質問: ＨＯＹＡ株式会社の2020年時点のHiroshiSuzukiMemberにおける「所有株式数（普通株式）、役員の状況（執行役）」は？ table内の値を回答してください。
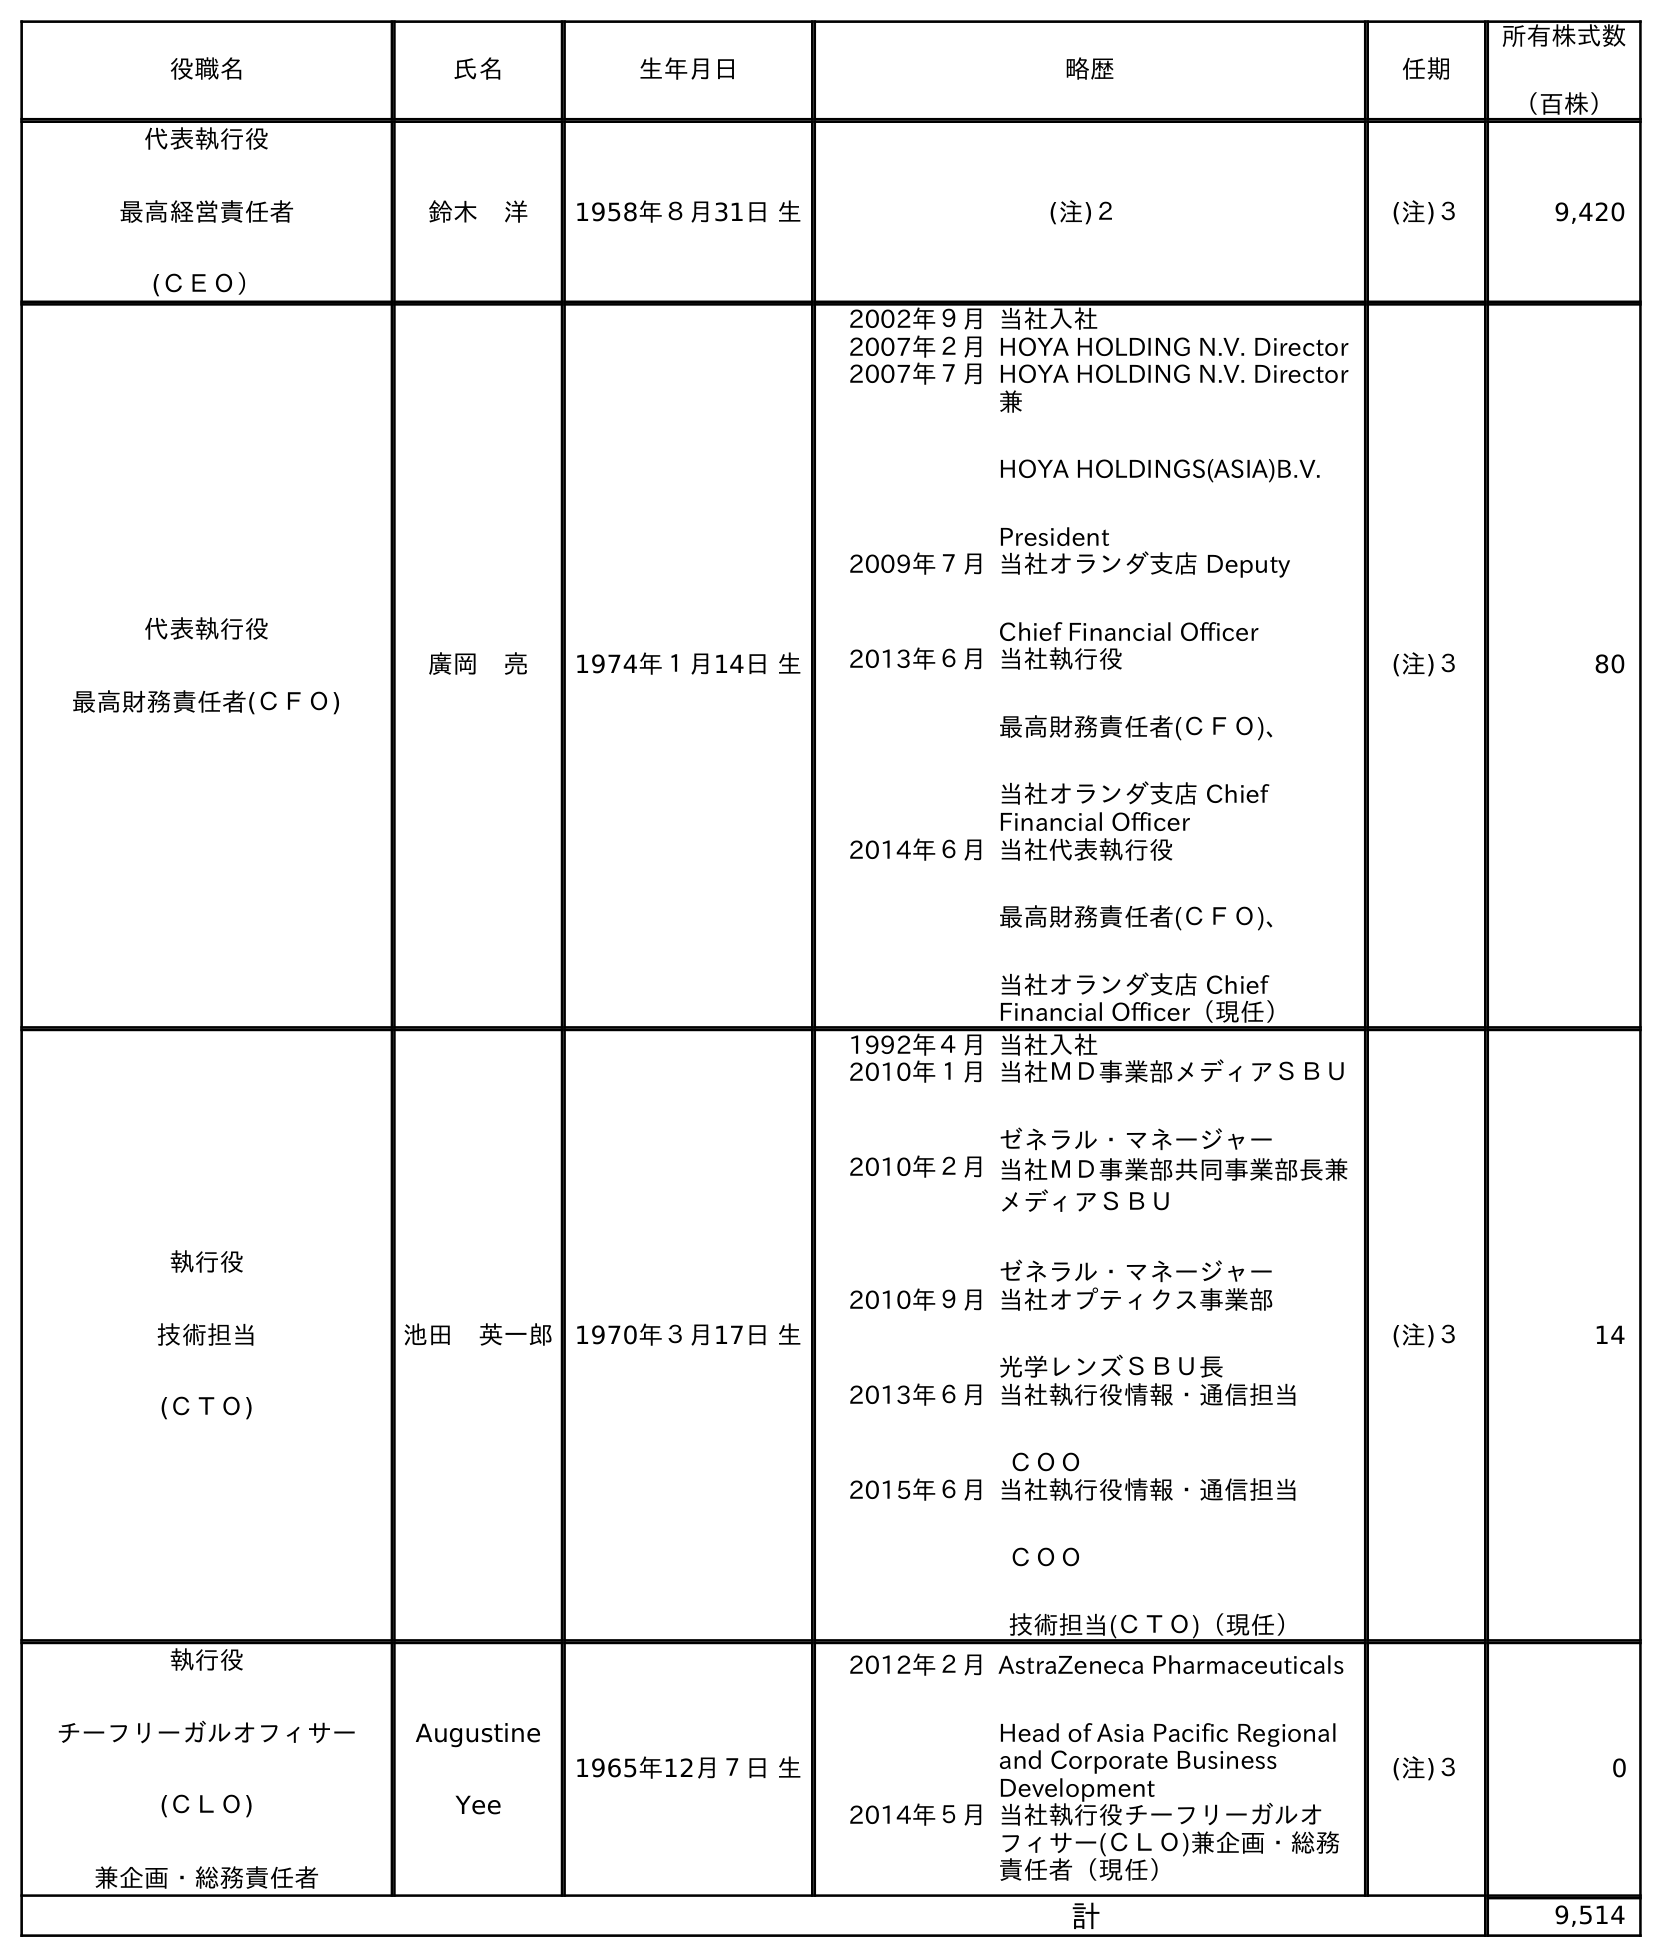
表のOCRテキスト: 役職名 氏名 生年月日 略歴 任期 所有株式数 （百株） 代表執行役 最高経営責任者 (ＣＥＯ） 鈴木 洋 1958年８月31日 生 (注)２ (注)３ 9,420 代表執行役 最高財務責任者(ＣＦＯ) 廣岡 亮 1974年１月14日 生 2002年９月当社入社 2007年２月HOYA HOLDING N.V. Director 2007年７月HOYA HOLDING N.V. Director 兼 HOYA HOLDINGS(ASIA)B.V. President 2009年７月当社オランダ支店 Deputy Chief Financial Officer 2013年６月当社執行役 最高財務責任者(ＣＦＯ)、 当社オランダ支店 Chief Financial Officer 2014年６月当社代表執行役 最高財務責任者(ＣＦＯ)、 当社オランダ支店 Chief Financial Officer（現任） (注)３ 80 執行役 技術担当 (ＣＴＯ) 池田 英一郎 1970年３月17日 生 1992年４月当社入社 2010年１月当社ＭＤ事業部メディアＳＢＵ ゼネラル・マネージャー 2010年２月当社ＭＤ事業部共同事業部長兼 メディアＳＢＵ ゼネラル・マネージャー 2010年９月当社オプティクス事業部 光学レンズＳＢＵ長 2013年６月当社執行役情報・通信担当 ＣＯＯ 2015年６月当社執行役情報・通信担当 ＣＯＯ 技術担当(ＣＴＯ)（現任） (注)３ 14 執行役 チーフリーガルオフィサー (ＣＬＯ) 兼企画・総務責任者 Augustine Yee 1965年12月７日 生 2012年２月AstraZeneca Pharmaceuticals Head of Asia Pacific Regional and Corporate Business Development 2014年５月当社執行役チーフリーガルオ フィサー(ＣＬＯ)兼企画・総務 責任者（現任） (注)３ 0 計 9,514
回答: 9,420